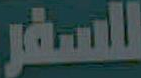
للسفر